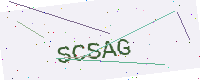
Text: SCSAG